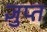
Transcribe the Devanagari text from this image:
ज्ञुप्‍त